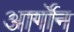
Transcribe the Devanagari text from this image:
आर्गॉन